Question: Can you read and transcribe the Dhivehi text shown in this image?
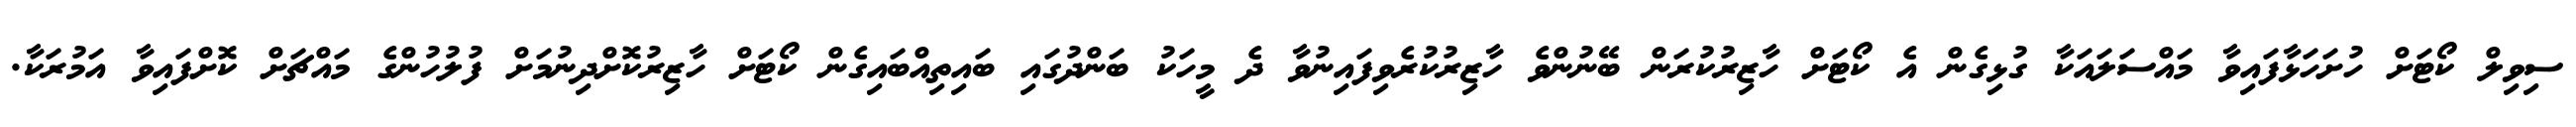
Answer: ސިވިލް ކޯޓަށް ހުށަހަޅާފައިވާ މައްސަލައަކާ ގުޅިގެން އެ ކޯޓަށް ހާޒިރުކުރަން ބޭނުންވެ ހާޒިރުކުރެވިފައިނުވާ ދެ މީހަކު ބަންދުގައި ބައިތިއްބައިގެން ކޯޓަށް ހާޒިރުކޮށްދިނުމަށް ފުލުހުންގެ މައްޗަށް ކޮށްފައިވާ އަމުރަކާ.